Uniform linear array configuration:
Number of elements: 8
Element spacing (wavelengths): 0.75
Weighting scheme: uniform
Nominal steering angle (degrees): -15
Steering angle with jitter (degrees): -14.675
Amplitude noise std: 0.05
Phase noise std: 0.05

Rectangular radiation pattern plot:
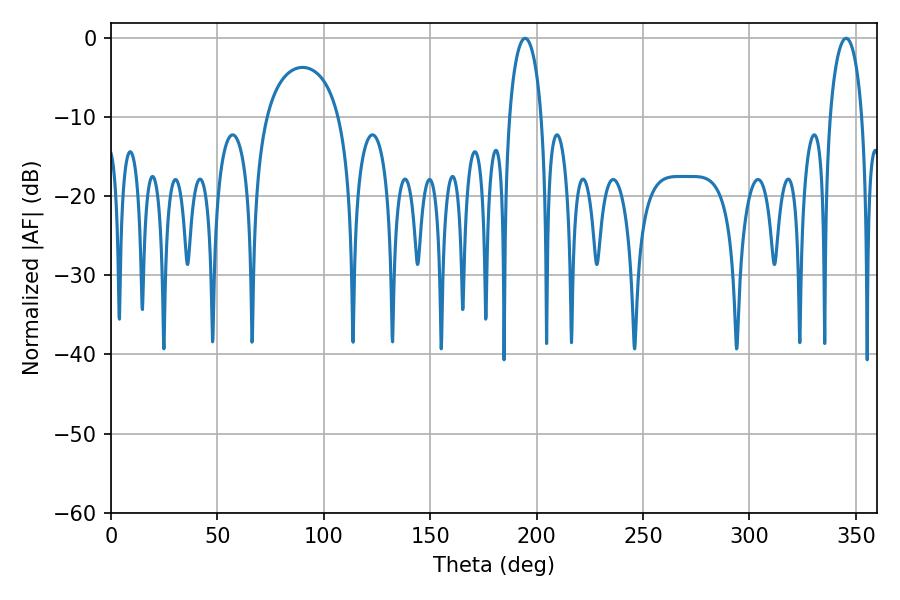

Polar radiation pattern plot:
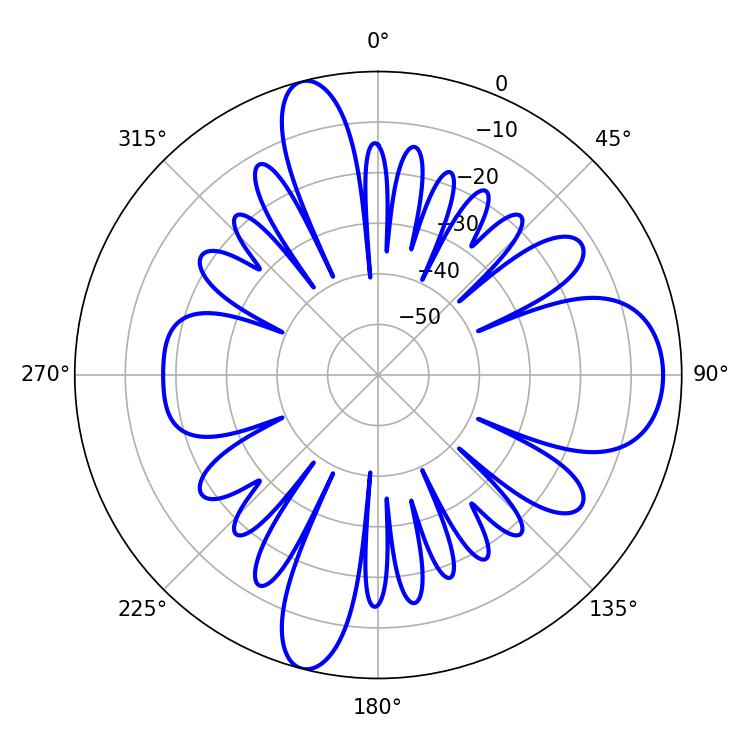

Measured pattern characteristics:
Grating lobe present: TRUE
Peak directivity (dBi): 12.842
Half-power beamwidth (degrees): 8.64
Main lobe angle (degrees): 194.58